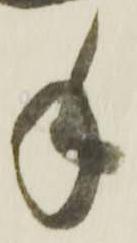
手